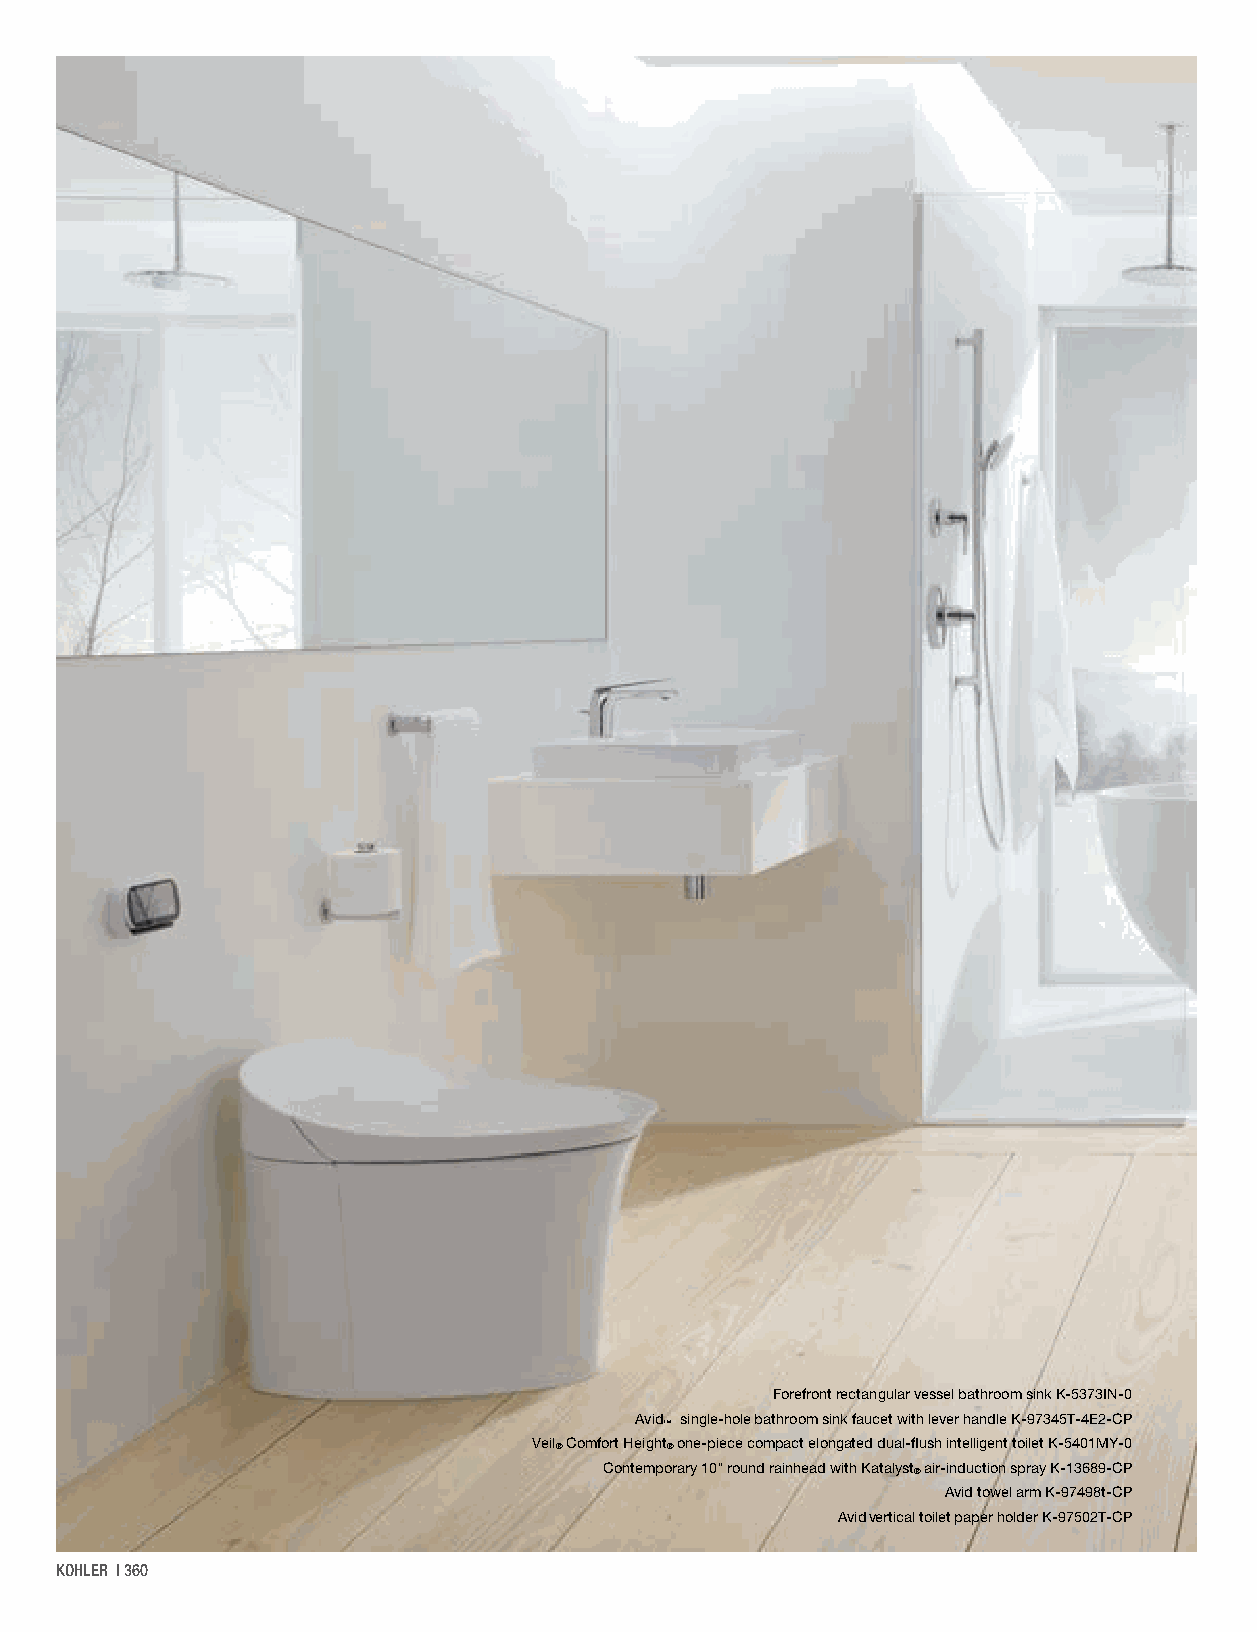
Forefront rectangular vessel bathroom sink K-5373IN-0
 Avid single-hole bathroom sink faucet with lever handle K-97345T-4E2-CP
 ™
 Veil® Comfort Height® one-piece compact elongated dual-flush intelligent toilet K-5401MY-0
 Contemporary 10" round rainhead with Katalyst® air-induction spray K-13689-CP
 Avid towel arm K-97498t-CP
 Avidvertical toilet paper holder K-97502T-CP
 KOHLER | 360